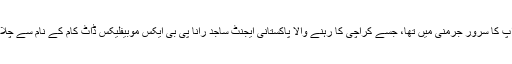
اسمیش اپ کا سَروَر جرمنی میں تھا، جسے کراچی کا رہنے والا پاکستانی ایجنٹ ساجد رانا پی بی ایکس موبیفلیکس ڈاٹ کام کے نام سے چلا رہا تھا۔